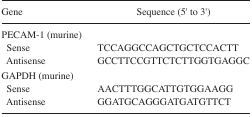
| Gene | Sequence (5′ to 3′) |
 | --- | --- |
 | PECAM-1 (murine) |  |
 | Sense | TCCAGGCCAGCTGCTCCACTT |
 | Antisense | GCCTTCCGTTCTCTTGGTGAGGC |
 | GAPDH (murine) |  |
 | Sense | AACTTTGGCATTGTGGAAGG |
 | Antisense | GGATGCAGGGATGATGTTCT |